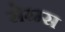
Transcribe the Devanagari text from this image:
सेरम्स